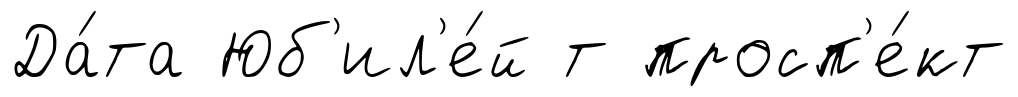
Да́та Юб'ил'е́й т просп'е́кт